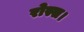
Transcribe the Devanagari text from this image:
रोस्स।